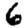
Digit: 6